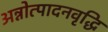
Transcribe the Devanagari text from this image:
अन्नोत्पादनवृद्धि